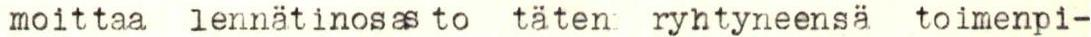
moittaa lennätinosasto täten ryhtyneensä toimenpi-